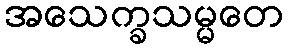
အသေက္ခသမ္မတေ